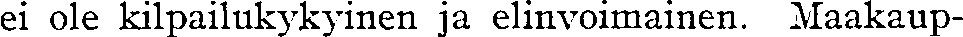
ei ole kilpailukykyinen ja elinvoimainen. Maakaup-